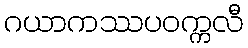
ဂယာကဿပဝက္ကလီ